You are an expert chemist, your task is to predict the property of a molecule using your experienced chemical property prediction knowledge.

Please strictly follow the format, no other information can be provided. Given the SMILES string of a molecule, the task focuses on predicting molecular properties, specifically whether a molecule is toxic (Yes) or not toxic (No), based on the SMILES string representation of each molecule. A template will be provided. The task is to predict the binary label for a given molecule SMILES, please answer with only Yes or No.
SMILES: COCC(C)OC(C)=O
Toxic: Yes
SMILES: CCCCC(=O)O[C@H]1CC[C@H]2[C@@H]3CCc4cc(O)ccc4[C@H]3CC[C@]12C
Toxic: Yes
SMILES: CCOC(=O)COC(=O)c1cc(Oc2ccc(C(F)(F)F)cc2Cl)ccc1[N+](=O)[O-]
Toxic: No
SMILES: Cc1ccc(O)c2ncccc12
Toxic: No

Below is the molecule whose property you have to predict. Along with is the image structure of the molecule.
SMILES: C[C@H]1[C@H]2[C@@H](O[C@]13CC[C@@H](C)CO3)[C@@H](O)[C@H]1[C@@H]3CC[C@H]4C[C@@H](O[C@@H]5O[C@H](CO)[C@H](O[C@@H]6O[C@H](CO)[C@@H](O)[C@H](O[C@@H]7OC[C@@H](O)[C@H](O)[C@H]7O)[C@H]6O[C@@H]6O[C@H](CO)[C@@H](O)[C@H](O[C@@H]7O[C@H](CO)[C@@H](O)[C@H](O)[C@H]7O)[C@H]6O)[C@H](O)[C@H]5O)[C@H](O)C[C@]4(C)[C@H]3CC[C@@]12C
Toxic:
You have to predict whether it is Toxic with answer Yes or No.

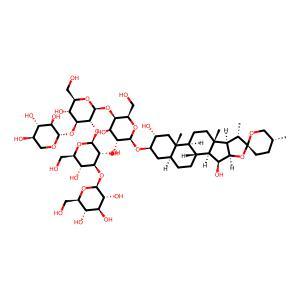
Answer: No